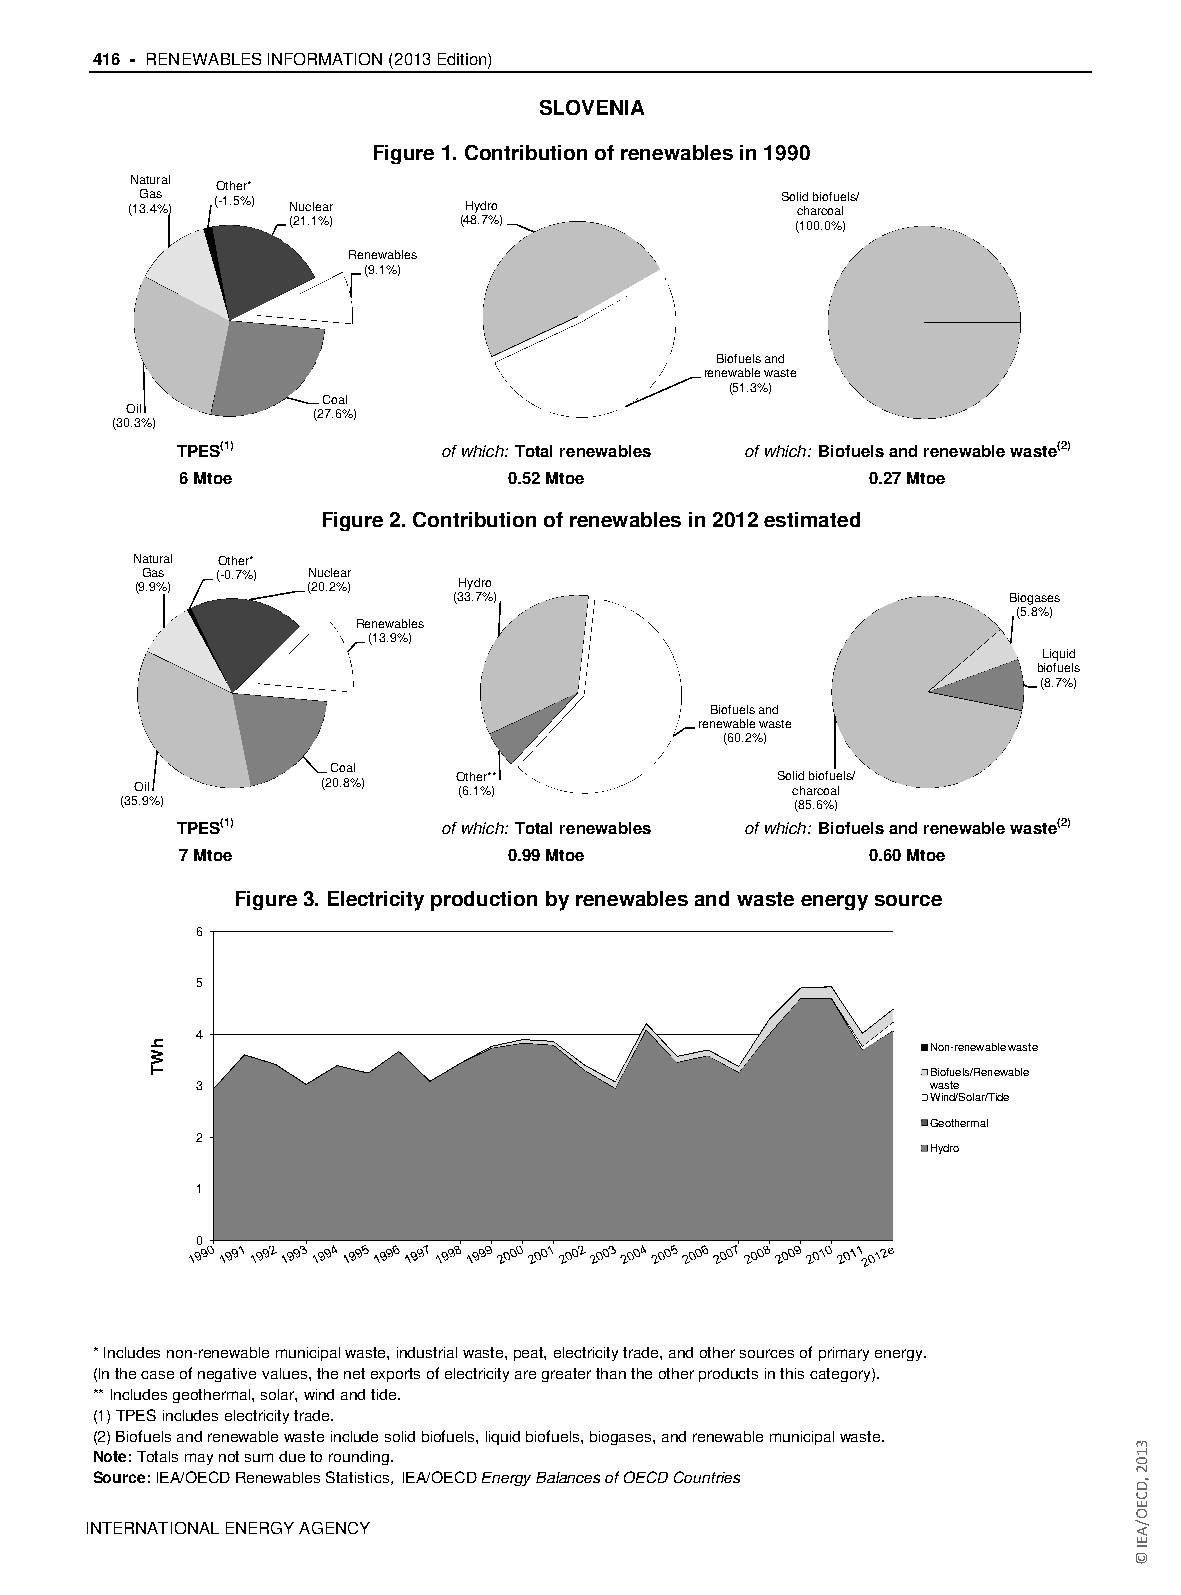
416 - RENEWABLES INFORMATION (2013 Edition)
 SLOVENIA
 Figure 1. Contribution of renewables in 1990
 Natural
 Other*
 (1G 3.a 4s % ) (-1.5%) Nuclear Hydro        So clid h ab ri co ofu ae l ls/
 (21.1%)    (48.7%)                (100.0%)
 Renewables
 (9.1%)
 Biofuels and
 renewable waste
 (51.3%)
 Coal
 Oil          (27.6%)
 (30.3%)
 TPES(1)          of which: Total renewables of which: Biofuels and renewable waste(2)
 6 Mtoe                0.52 Mtoe              0.27 Mtoe
 Figure 2. Contribution of renewables in 2012 estimated
 Natural Other*
 Gas  (-0.7%) Nuclear
 (9.9%)     (20.2%)   Hydro
 (33.7%)                              Biogases
 (5.8%)
 Renewables
 (13.9%)
 Liquid
 biofuels
 (8.7%)
 Biofuels and
 renewable waste
 (60.2%)
 Coal
 Oil         (20.8%)  O (6t .h 1e %r* )*   So clid h ab ri co ofu ae l ls/
 (35.9%)                                     (85.6%)
 TPES(1)          of which: Total renewables of which: Biofuels and renewable waste(2)
 7 Mtoe                0.99 Mtoe              0.60 Mtoe
 Figure 3. Electricity production by renewables and waste energy source
 6
 5
 4
 Non-renewable waste
 Biofuels/Renewable
 3                                               waste
 Wind/Solar/Tide
 Geothermal
 2
 Hydro
 1
 0
 * Includes non-renewable municipal waste, industrial waste, peat, electricity trade, and other sources of primary energy.
 (In the case of negative values, the net exports of electricity are greater than the other products in this category).
 ** Includes geothermal, solar, wind and tide.
 (1) TPES includes electricity trade.
 (2) Biofuels and renewable waste include solid biofuels, liquid biofuels, biogases, and renewable municipal waste.
 Note: Totals may not sum due to rounding.
 Source: IEA/OECD Renewables Statistics, IEA/OECD Energy Balances of OECD Countries
 IINNTTEERRNNAATTIIOONNAALL EENNEERRGGYY AAGGEENNCCYY
 hWT
 3102
 ,DCEO/AEI
 ©